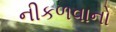
નીકળવાનો